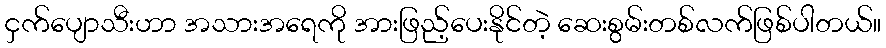
ငှက်ပျောသီးဟာ အသားအရေကို အားဖြည့်ပေးနိုင်တဲ့ ဆေးစွမ်းတစ်လက်ဖြစ်ပါတယ်။